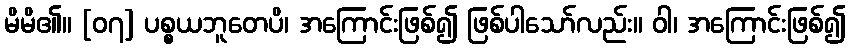
မိမိ၏။ [၀၇] ပစ္စယဘူတေပိ၊ အကြောင်းဖြစ်၍ ဖြစ်ပါသော်လည်း။ ဝါ၊ အကြောင်းဖြစ်၍